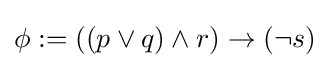
\phi :=((p\lor q)\land r)\to (\neg s)